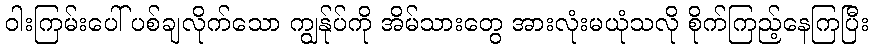
ဝါးကြမ်းပေါ် ပစ်ချလိုက်သော ကျွန်ုပ်ကို အိမ်သားတွေ အားလုံးမယုံသလို စိုက်ကြည့်နေကြပြီး